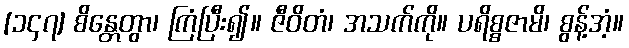
[၁၄၇] စိန္တေတွာ၊ ကြံပြီး၍။ ဇီဝိတံ၊ အသက်ကို။ ပရိစ္စဇာမိ၊ စွန့်အံ့။